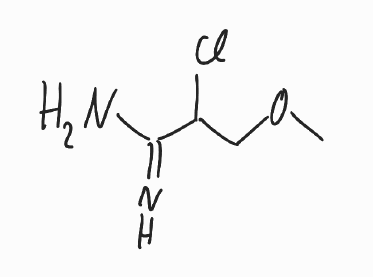
Simplified molecular-input line-entry system (SMILES) notation of the given molecule:
COCC(C(=N)N)Cl